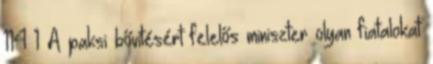
114 1 A paksi bővítésért felelős miniszter olyan fiatalokat